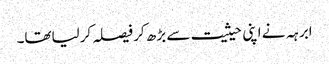
ابرہہ نے اپنی حیثیت سے بڑھ کر فیصلہ کرلیاتھا۔